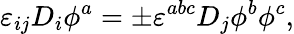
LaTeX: \varepsilon_{ij}D_{i}\phi^{a}=\pm\varepsilon^{abc}D_{j}\phi^{b}\phi^{c},